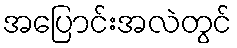
အပြောင်းအလဲတွင်